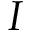
I